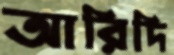
আরিদি